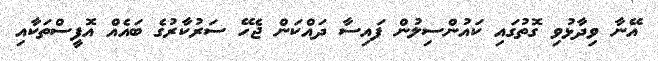
އޭނާ ވިދާޅުވި ގޮތުގައި ކައުންސިލުން ފައިސާ ދައްކަން ޖެހޭ ސަރުކާރުގެ ބައެއް އޮފީސްތަކާއި